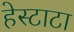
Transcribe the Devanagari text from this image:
हेस्टाटा